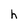
Character: h